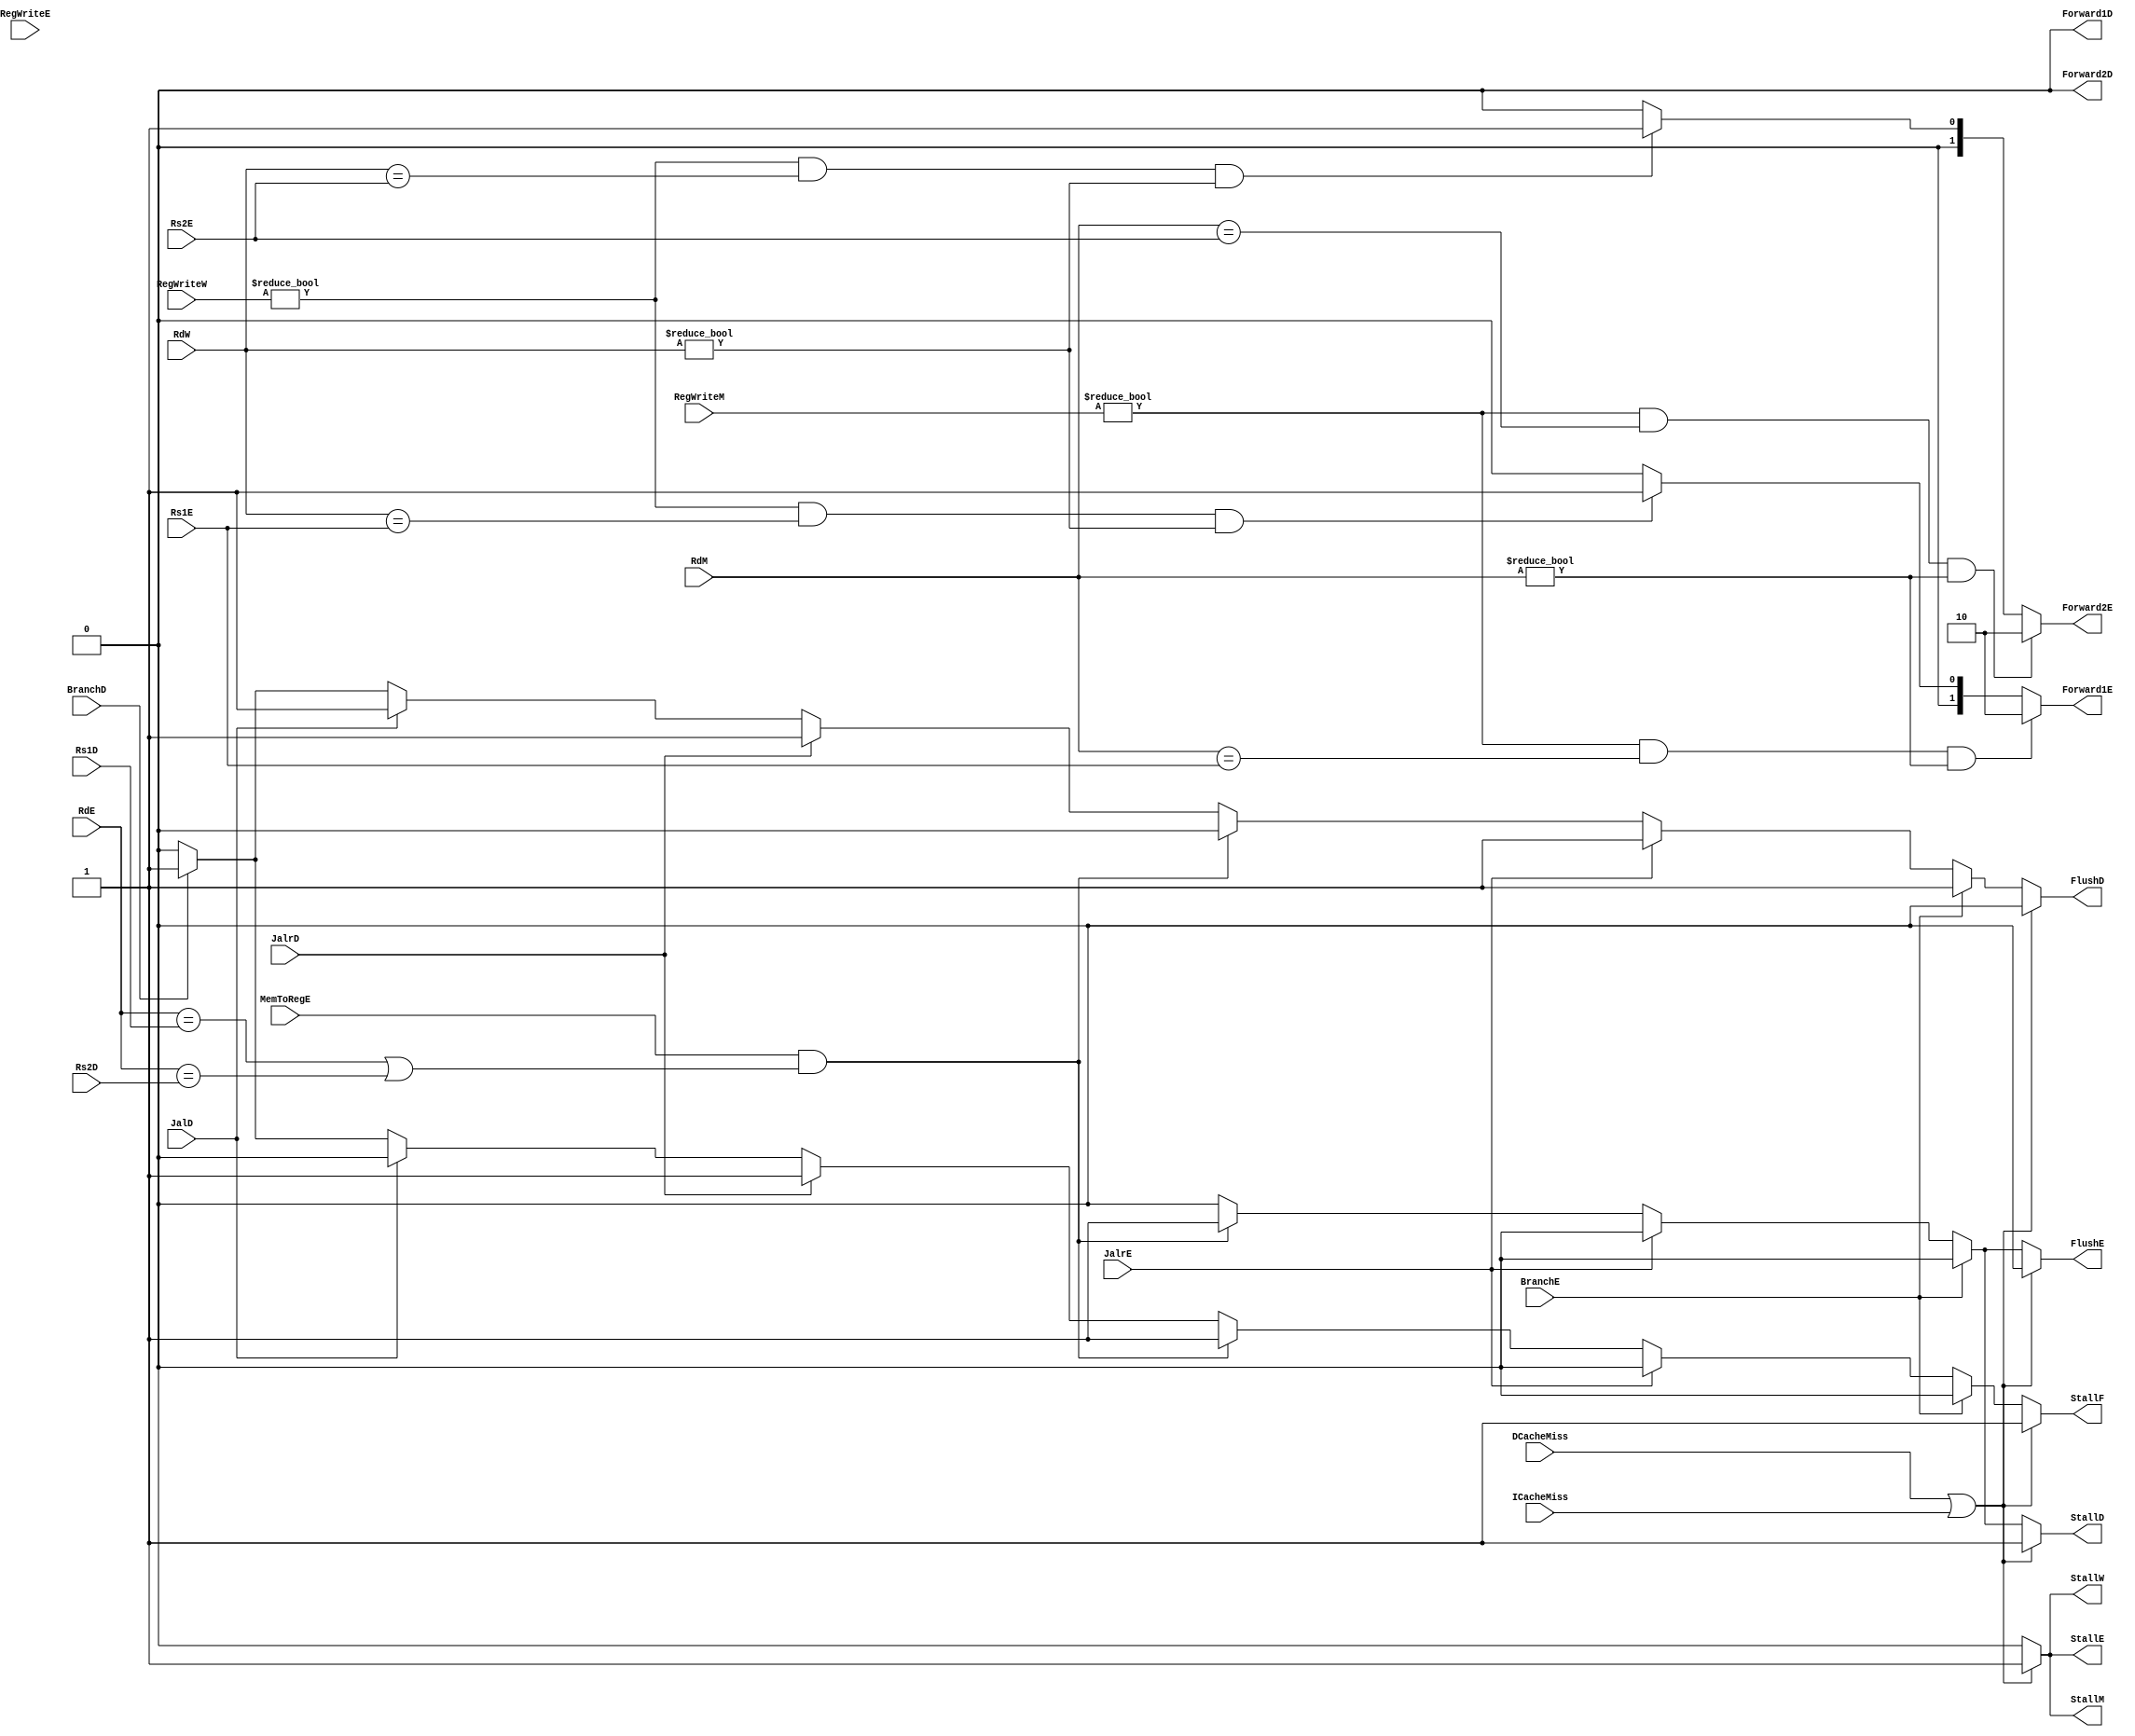
// This program was cloned from: https://github.com/Summer-Summer/ComputerArchitectureLab
// License: MIT License

/*  
 *  HarzardUnitstallflushforward 
 *  Time: 2019.2.22
 */

/* StallFlush *///////////////////////////////////////////////////////
//  1.Load-Useloadxx
//  loadEXUseIDStallF=1 StallD=1 FLushE=1
//  IF      ID      EX   |     MM      WB                           [Load]
//          IF      ID   | ID  EX     MM      WB            [Use]       
//  MemToRegE==1 && RdE==Rs1D||RdE==Rs2D)
//   StallF=1 StallD=1 FLushE=1
//
//  2.JAL
// JALIDFlushD=1
//  IF      ID   |     EX        MM      WB                          [JAL]
//          IF   |   IF  ID      EX     MM      WB           [Any]
//  JalD==1
//  FlushD=1
//
//  3.JALR
//  JALRIDStallF=1FlushD=1
//  IF      ID   |    EX                                              [JALR]
//          IF   |   IF                                     [Any]
//  JalrD==1
//  StallF=1 FlushD=1
//  JALREXFLushD=1
//  IF      ID      EX       |    MM       WB                         [JALR]
//          IF  IF | IF  ID     EX     MM     WB    [Any]
//  JalrE==1
//  FlushD=1
//
//  4.Branch
//  BrIDStallF=1FlushD=1
//  IF      ID   |    EX                                              [Br]
//          IF   |   IF                                     [Any]
//  BranchD==1
//  StallF=1FlushD=1
//  BrEX
//  BranchE=1FlushD=1
//  IF      ID      EX       |    MM       WB                         [JALR]
//          IF  IF | IF  ID     EX     MM     WB    [Any]
//  BranchE==1
//  FlushD=1
//  BranchE=0
//  IF      ID      EX       |    MM       WB                         [JALR]
//          IF  IF |    ID       EX     MM     WB           [Any]
//  BranchE==0
//  
//////////////////////////////////////////////////////////////////////////////////////
/* StallFlush *///////////////////////////////////////////////////////
//  1.EX  loadALU
//  RegWriteW==1 && (RdW==Rs1E||RdW==Rs2E)
//  Forward1E=2'b01 Forward2E=2'b01
//  2.EX  ALU
//  RegWriteM==1 && (RdM==Rs1E||RdM==Rs2E)
//  Forward1E=2'b10 Forward2E=2'b10
//////////////////////////////////////////////////////////////////////////////////////  

//  EX ID
//EXBranchJalJalrID
//EXloadload-useEXload-useID

module HarzardUnit(
    input wire BranchD, BranchE,
    input wire JalrD, JalrE, JalD,
    input wire [4:0] Rs1D, Rs2D, Rs1E, Rs2E,
    input wire MemToRegE,
    input wire [2:0] RegWriteE, RegWriteM, RegWriteW,
    input wire [4:0] RdE, RdM, RdW,
    input wire ICacheMiss, DCacheMiss ,
    output reg StallF, FlushD, StallD, FlushE, StallE, StallM, StallW,
    output wire Forward1D, Forward2D,
    output reg [1:0] Forward1E, Forward2E
    );
    //
    assign Forward1D=1'b0;
    assign Forward2D=1'b0;
    //Stall and Flush signals generate
    always @ (*)
    begin
        if(DCacheMiss | ICacheMiss)
        begin
            StallF<=1'b1;
            StallD<=1'b1;
            FlushD<=1'b0;
            FlushE<=1'b0;
            StallE<=1'b1;
            StallM<=1'b1;
            StallW<=1'b1;
        end
        else if(BranchE)
        begin
            StallF<=1'b0;
            StallD<=1'b0;
            FlushD<=1'b1;
            FlushE<=1'b0;
            StallE<=1'b0;
            StallM<=1'b0;
            StallW<=1'b0;
        end
        else if(JalrE)
            begin
            StallF<=1'b0;
            StallD<=1'b0;
            FlushD<=1'b1;
            FlushE<=1'b0;
            StallE<=1'b0;
            StallM<=1'b0;
            StallW<=1'b0;
        end
        else if(MemToRegE & ((RdE==Rs1D)||(RdE==Rs2D)) )
            begin
            StallF<=1'b1;
            StallD<=1'b1;
            FlushD<=1'b0;
            FlushE<=1'b1;
            StallE<=1'b0;
            StallM<=1'b0;
            StallW<=1'b0;
        end
        else if(JalrD)
        begin
            StallF<=1'b1;
            StallD<=1'b0;
            FlushD<=1'b1;
            FlushE<=1'b0;
            StallE<=1'b0;
            StallM<=1'b0;
            StallW<=1'b0;
        end
        else if(JalD)
        begin
            StallF<=1'b0;
            StallD<=1'b0;
            FlushD<=1'b1;
            FlushE<=1'b0;        
            StallE<=1'b0;
            StallM<=1'b0;
            StallW<=1'b0;   
        end
        else if(BranchD)
        begin
            StallF<=1'b1;
            StallD<=1'b0;
            FlushD<=1'b1;
            FlushE<=1'b0;
            StallE<=1'b0;
            StallM<=1'b0;
            StallW<=1'b0;
            end
        else
        begin
            StallF<=1'b0;
            StallD<=1'b0;
            FlushD<=1'b0;
            FlushE<=1'b0;
            StallE<=1'b0;
            StallM<=1'b0;
            StallW<=1'b0;
        end
    end
    //Forward
    always@(*)
    begin
        if( (RegWriteM!=3'b0) && (RdM==Rs1E) &&(RdM!=5'b0) )
            Forward1E<=2'b10;
        else if( (RegWriteW!=3'b0) && (RdW==Rs1E) &&(RdW!=5'b0) )
            Forward1E<=2'b01;
        else
            Forward1E<=2'b00;
    end
    always@(*)
    begin
        if( (RegWriteM!=3'b0) && (RdM==Rs2E) &&(RdM!=5'b0) )
            Forward2E<=2'b10;
        else if( (RegWriteW!=3'b0) && (RdW==Rs2E) &&(RdW!=5'b0) )
            Forward2E<=2'b01;
        else
            Forward2E<=2'b00;
    end      
endmodule